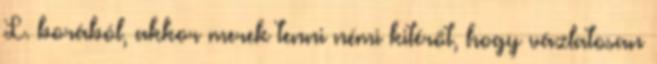
L. borából, akkor merek tenni némi kitérőt, hogy vázlatosan